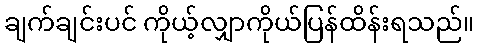
ချက်ချင်းပင် ကိုယ့်လျှာကိုယ်ပြန်ထိန်းရသည်။